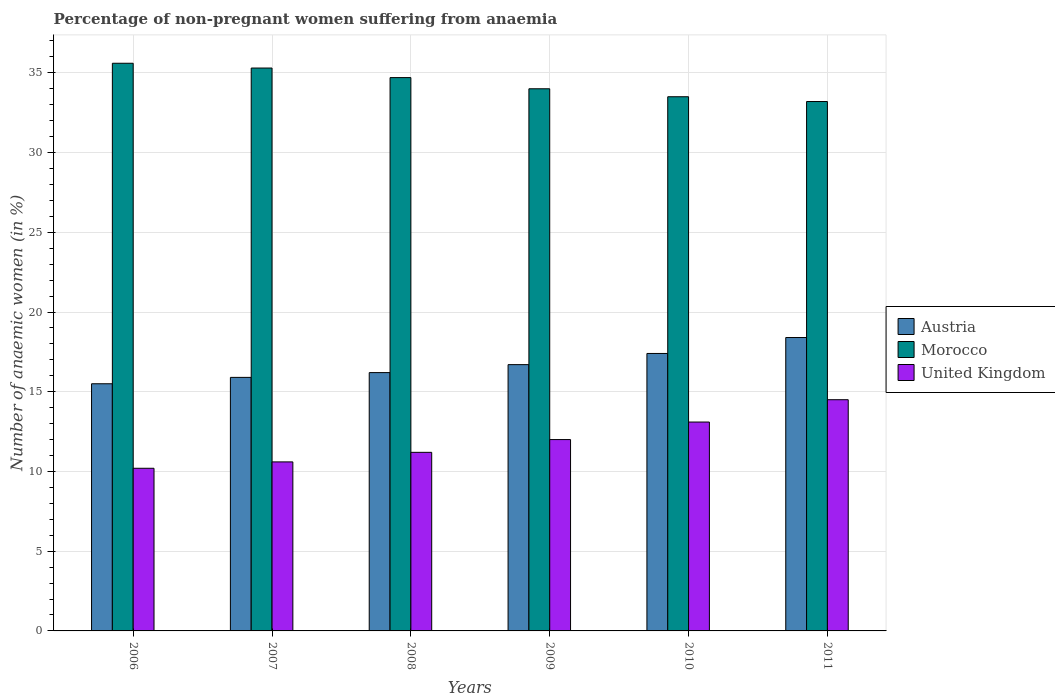
| Years | Austria | Morocco | United Kingdom |
 | --- | --- | --- | --- |
 | 2006 | 15.5 | 35.6 | 10.2 |
 | 2007 | 15.9 | 35.3 | 10.6 |
 | 2008 | 16.2 | 34.7 | 11.2 |
 | 2009 | 16.7 | 34 | 12 |
 | 2010 | 17.4 | 33.5 | 13.1 |
 | 2011 | 18.4 | 33.2 | 14.5 |